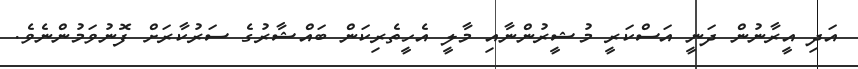
އަދި އީރާނުން ދަނީ އަސްކަރީ މުޝީރުންނާއި މާލީ އެހީތެރިކަން ބައްޝާރުގެ ސަރުކާރަށް ފޮނުވަމުންނެވެ.